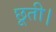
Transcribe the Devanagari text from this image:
छूती।